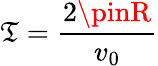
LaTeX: \mathfrak{T}=\frac{{2\pinR}}{{v_{0}}}